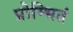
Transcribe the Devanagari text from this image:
प्रोम्भितं